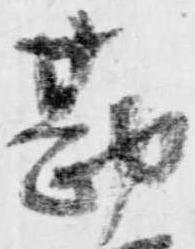
勘